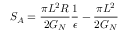
S _ { A } = \frac { \pi L ^ { 2 } R } { 2 G _ { N } } \frac { 1 } { \epsilon } - \frac { \pi L ^ { 2 } } { 2 G _ { N } }